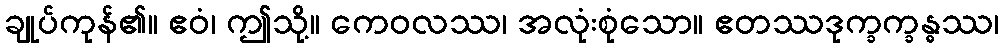
ချုပ်ကုန်၏။ ဧဝံ၊ ဤသို့။ ကေဝလဿ၊ အလုံးစုံသော။ ဧတဿဒုက္ခက္ခန္ဓဿ၊